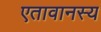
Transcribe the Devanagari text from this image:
एतावानस्य